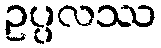
ဥပ္ပလဿ